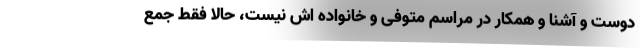
دوست و آشنا و همکار در مراسم متوفی و خانواده اش نیست، حالا فقط جمع